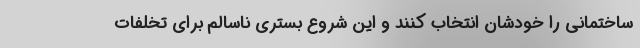
ساختمانی را خودشان انتخاب کنند و این شروع بستری ناسالم برای تخلفات